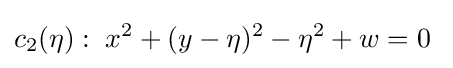
c_{2}(\eta ):\;x^{2}+(y-\eta )^{2}-\eta ^{2}+w=0\